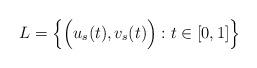
LaTeX: \begin{align*}L = \Big \{ \Big(u_s(t), v_s(t)\Big) : t \in [0,1] \Big\}\end{align*}